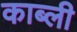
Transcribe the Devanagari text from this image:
काब्ली